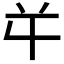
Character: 𭁄